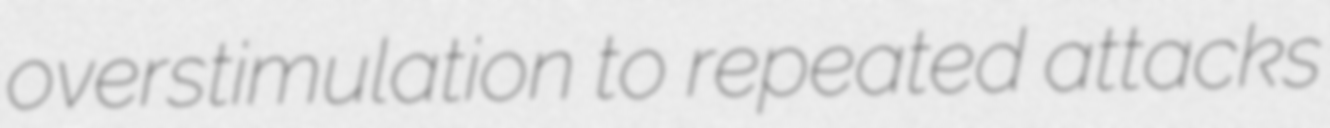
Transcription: overstimulation to repeated attacks